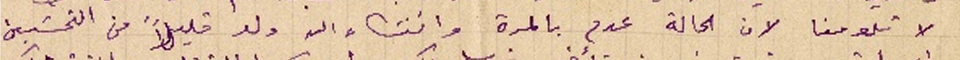
لا تلومنا لان الحالة عدم بالمرة وانشاء الله ولو قليلاً من التحسَين